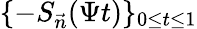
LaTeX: \{ -S_{\vec{n}}(\Psi t)\} _{0\leq t\leq 1}